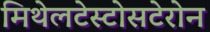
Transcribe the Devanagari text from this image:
मिथेलटेस्टोसटेरोन